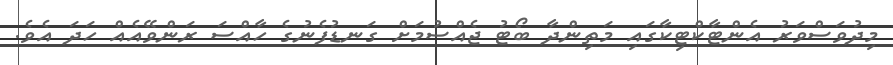
މިދުވަސްވަރު އެންޓާކްޓިކާގައި މަތިންދާ ބޯޓު ޖެއްސުމަށް ގަނޑުފެނުގެ ހާއްސަ ރަންވޭއެއް ހަދަ އެވެ.